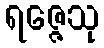
ရဇ္ဇေသု